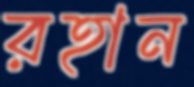
রহান